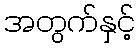
အတွက်နှင့်